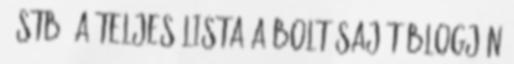
. stb. A teljes lista a bolt saját blogján